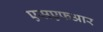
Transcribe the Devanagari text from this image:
एसएफआर